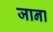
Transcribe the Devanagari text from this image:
जाना